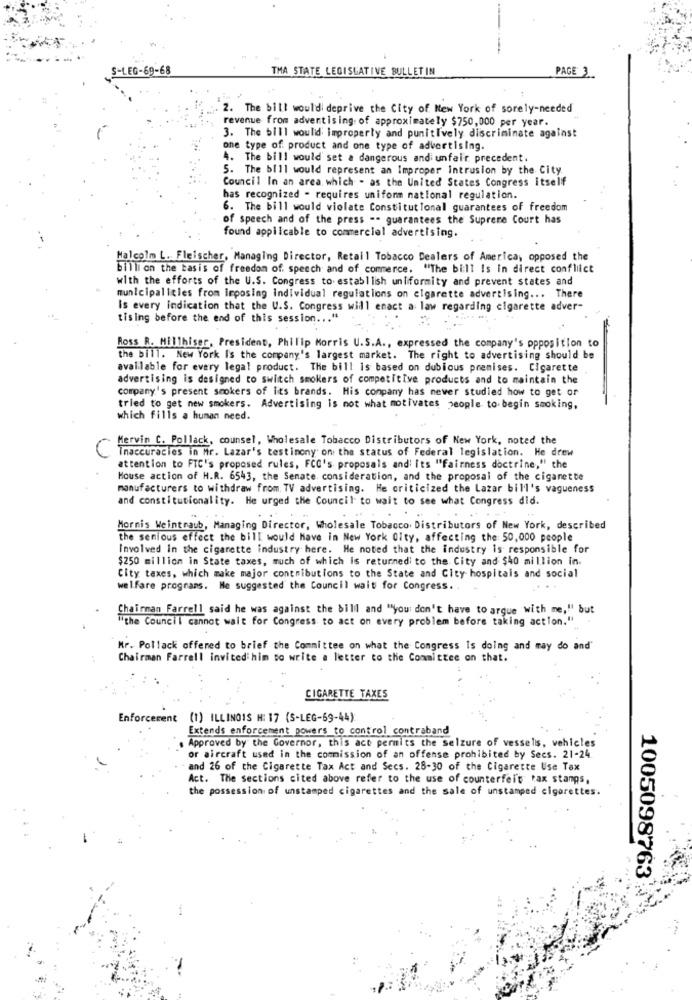
S-LEG-69-68
TMA STATE LEGISLATIVE BULLETIN
PAGE 3.
2. The bill would deprive the City of New York of sorely-needed
revenue from advertising. of approximately $750,000 per year.
3. The bill would improperly and punitively discriminate against
one type of product and one type of advertising.
4. The bill would set a dangerous andi unfair precedent.
5. The bill would represent an Improper intrusion by the City
Council In an area, which - as the United States Congress itself
has recognized - requires uniform national regulation.
6. The bill would violate Constitutional guarantees of freedom
of speech and of the press -- guarantees the Supreme Court has
found applicable to commercial advertising.
Malcolm L. Fleischer, Managing Director, Retail Tobacco Dealers of America, opposed the
billion the basis of freedom of speech and of commerce. "The bill Is in direct conflict
with the efforts of the U.S. Congress to establlish uniformity and prevent states and
municipalities from imposing individual regulations on cigarette advertising ... There
Is every indication that the U.S. Congress will enact a law regarding cigarette adver-
tising before the end of this session ... '
Ross R. Millhiser, President, Philip Morris U.S.A ., expressed the company's opposition to
the bill. New York Is the company's largest market. The right to advertising should be
available for every legal product. The bill is based on dubious premises. Cigarette
advertising is designed to switch smokers of competitive products and to maintain the
company's present smokers of its brands. His company has never studied how to get or
tried to get new smokers. Advertising is not what motivates people to begin smoking,
which fills a human need.
Mervin C. Pollack, counsel, Wholesale Tobacco Distributors of New York, noted the
Tnaccuracies in Mr. Lazar's testimony' on the status of Federal legislation. He drew
attention to FTC's proposed rules, FCG's proposals and its "fairness doctrine," the
House action of H.R. 6543, the Senate consideration, and the proposal of the cigarette
manufacturers to withdraw from. TV advertising. He criticized the Lazar bill's vagueness
and constitutionality. He urged the Council to wait to see what Congress did.
Hormis Weintraub, Managing Director, Wholesale Tobacco Distributors of New York, described
the senious effect the bill would have in New York City, affecting the 50,000 people
Involved In the cigarette industry here. He noted that the industry is responsible for
$250 million in State taxes, much of which is returned to the City and $40 million in.
City taxes, which make major contributions to the State and City hospitais and social
welfare programs. He suggested the Council wait for Congress. .
Chairman Farrell said he was against the bill and "you don't have to argue with me," but
"the Council cannot wait for Congress to act on every problem before taking action."
Mr. Pollack offened to brief the Committee on what the Congress Is doing and may do and"
Chairman Farrell invited him to write a letter to the Committee on that.
CIGARETTE TAXES
Enforcement (1) ILLINOIS H: 17 (S-LEG-69-44)
Extends enforcement powers_to_control contraband
. Approved by the Governor, this act permits the selzure of vessels, vehicles
or aircraft used in the commission of an offense prohibited by Secs. 21-24
and 26 of the Cigarette Tax Act and Secs. 28-30 of the Cigarette Use Tax
Act. The sections cited above refer to the use of counterfeit tax stamps,
the possession of unstamped cigarettes and the sale of unstamped cigarettes.
1005098763